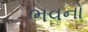
ભવનો